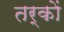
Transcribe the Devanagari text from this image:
तर्काें